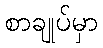
စာချုပ်မှာ